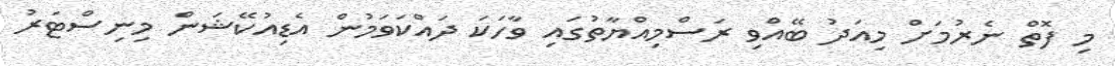
މި ފޮތް ނެރުމަށް މިއަދު ބޭއްވި ރަސްމިއްޔާތުގައި ވާހަކަ ދައްކަވަމުން އެޑިއުކޭޝަން މިނިސްޓަރު